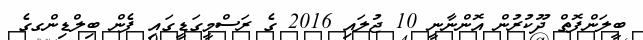
ބީލަންފޮތް ދޫކުރުން އޮންނާނީ 10 ޖުލައި 2016 ގެ ރަސްމީގަޑީގައި ފެން ބިލްޑިންގގެ